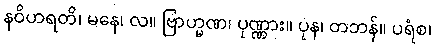
နဝိဟရတိ၊ မနေ၊ လ။ ဗြာဟ္မဏ၊ ပုဏ္ဏား။ ပုန၊ တဘန်။ ပရံစ၊